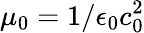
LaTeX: \mu_{0}=1/\epsilon_{0}c_{0}^{2}